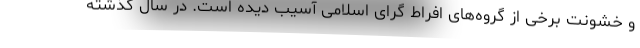
و خشونت برخی از گروه‌های افراط گرای اسلامی آسیب دیده است. در سال گذشته